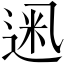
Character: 𫡮